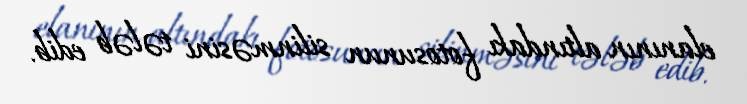
elanının altındakı fotosunun silinməsini tələb edib.